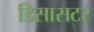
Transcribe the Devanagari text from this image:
डिसासटर